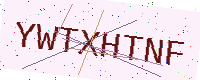
Text: YWTXHTNF